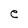
Character: e